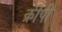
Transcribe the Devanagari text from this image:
क्रीपी